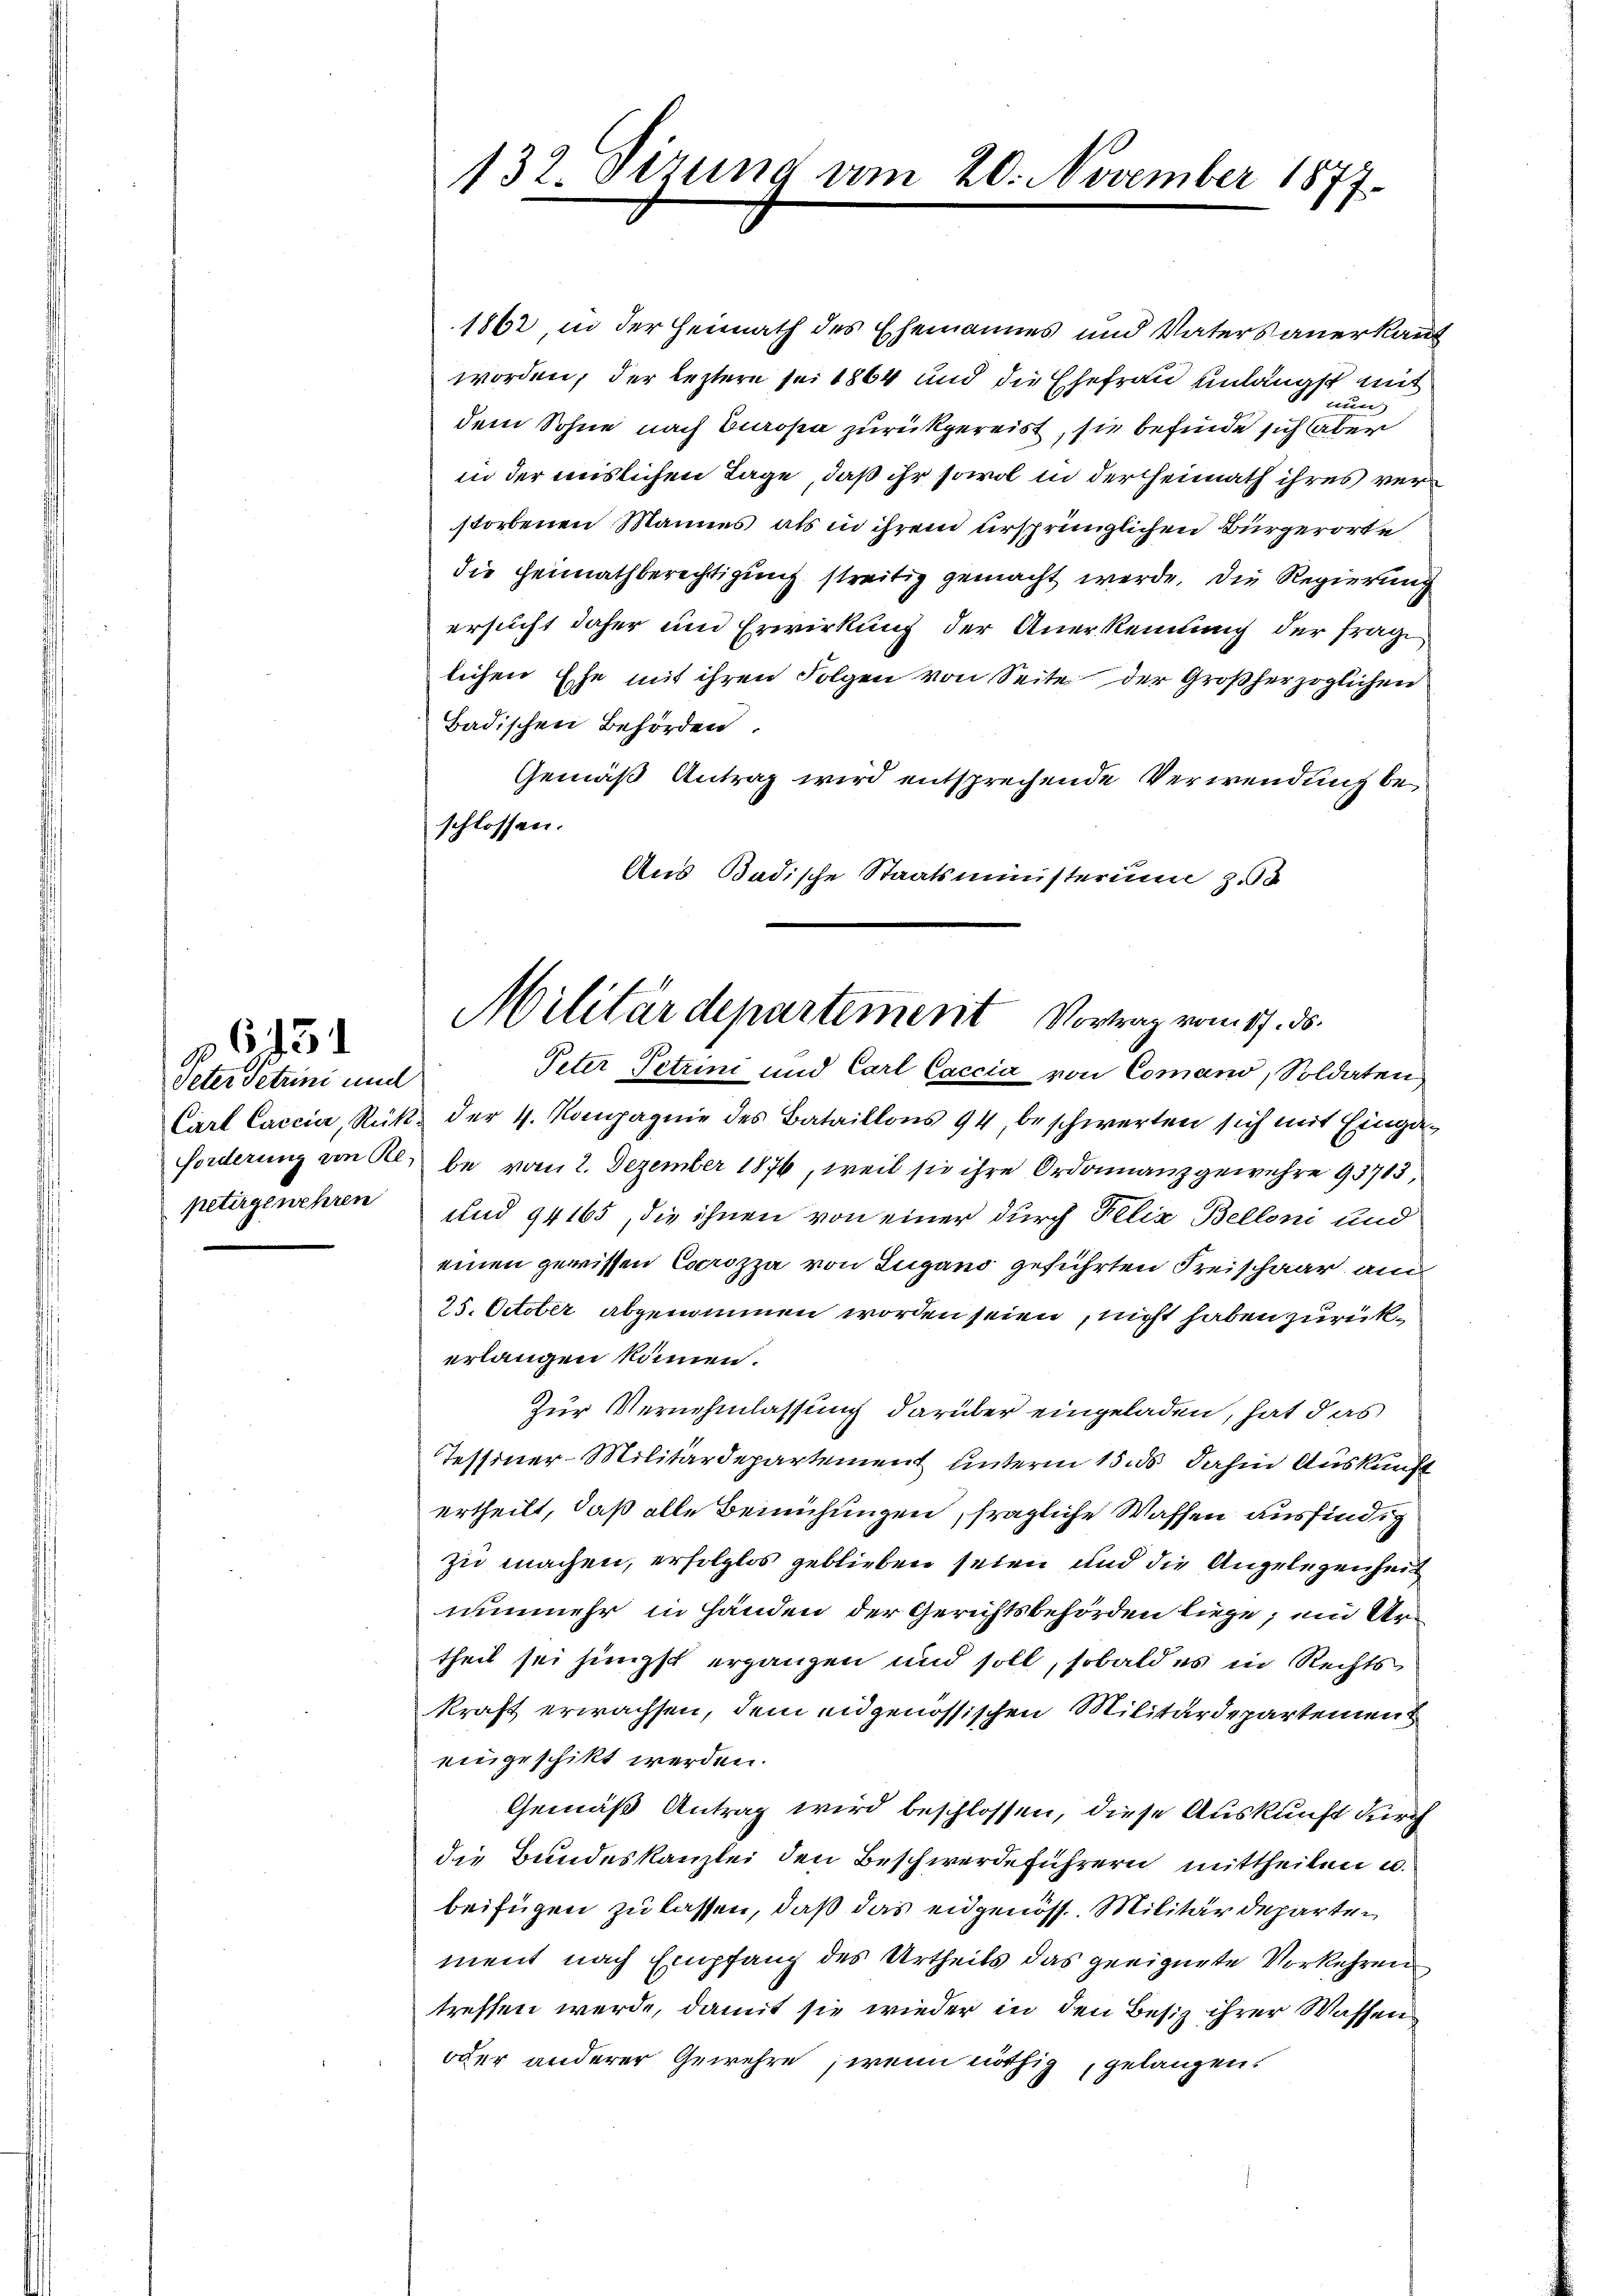
Peter Tetuni und
petirgewehren

1862, in der Heimath des Ehemannes und Vaters anerkant
worden, der leztere sei 1864 und die Ehefrau unlängst mit
nun
dem Sohne nach Buropa zurückgereist, sie befinde sich aber
in der meislichen Tage, daß ihr sowol in der Heimath ihres verstorbenen Mannes als in ihrem ursprünglichen Bürgerorte
die Heimathberechtigung streitig gemacht werde. Die Regierung
ersucht daher und Erwirkung der Anerkennung der frage
lichen Ehe mit ihren Folgen von Seite der Großherzoglichen
Badischen Behörden.
Gemäß Antrag wird entsprechende Verwendung beschlossen.
Aus Badische Staatsministerium z.5

132. Sizung am 20. November 1877.

Militärdepartement Vortrag vom 17. ds.

Peter Petrini und Carl Caccia von Comano, Soldaten
Carl Caccia, Rücks der 4. Kompagnie des Bataillons 94, beschwerten sich mit Eingaforderung von Kl. be vom 2. Dezember 1876, weil sie ihre Ordonanz gewehre 93713,
und 94165, die ihnen von einer durch Felix Belloni und
einen gewissen Corizza von Lugano geführten Keischaar am
25. October abgenommen worden seien, nicht haben zurückerlangen können.
Zur Vernehmlassung darüber eingeladen, hat das
Tessiner-Militärdepartement unterm 15. ds dahin Auskunft
ertheilt, daß alle Beimühungen, fragliche Waffen ausfindig
zu machen, erfolglos geblieben seien und die Angelegenheit
nunmehr in Händen der Gerichtsbehörden liege; ein Urtheil sei jüngst ergänzen und soll, sobald es in Rechts
kraft erwachsen, dem eidgenössischen Militärdepartement
eingeschikt werden.
Gemäß Antrag wird beschlossen, diese Auskunft durch
die Bundeskanzlei den Beschwerdeführern mittheilen u.
beifügen zu lassen, daß das eidgenöss. Militärdeparten
ment nach Empfang des Urtheils das geeignete Vorkehren
treffen werde, damit sie wieder in den Besiz ihrer Wassen
oder anderer Gewehre, wenn nöthig, gelangen.